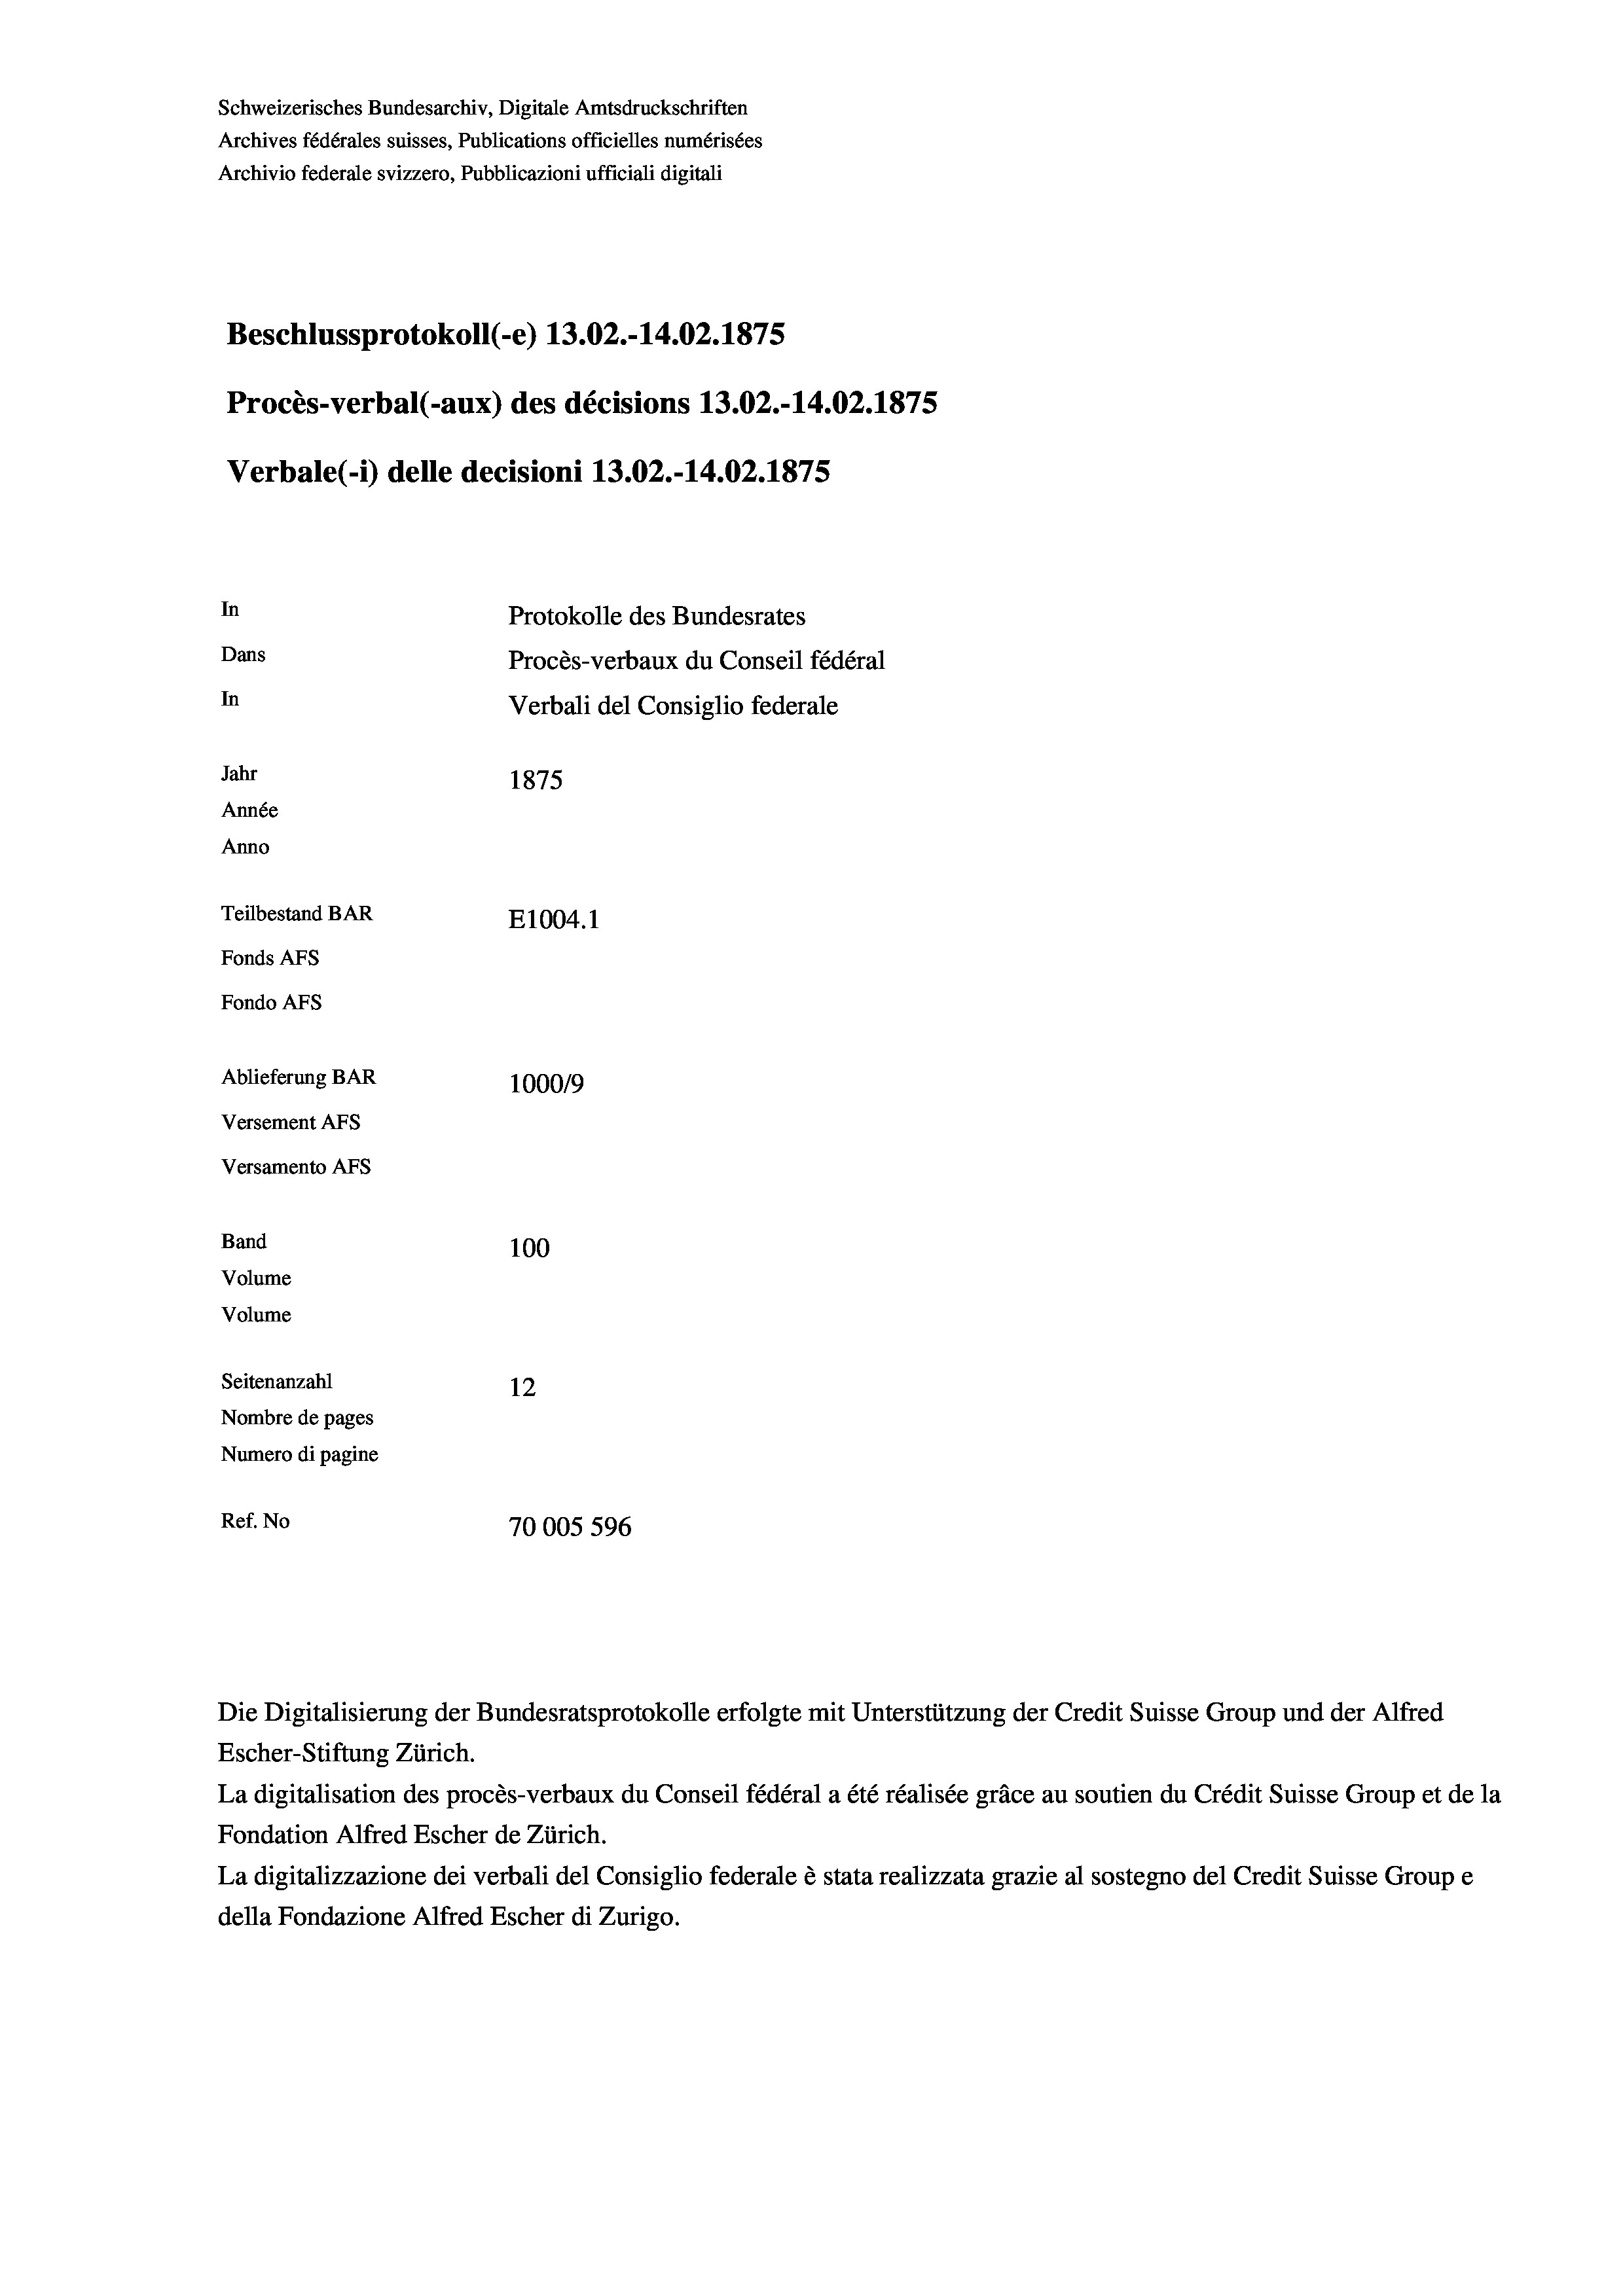
Schweizerisches Bundesarchiv, Digitale Amtsdruckschriften
Archives fédérales suisses, Publications officielles numérisées
Archivio federale svizzero, Pubblicazioni ufficiali digitali
Beschlussprotokoll (-e) 13.02.-14.02. 1875
Procès-verbal (-aux) des décisions 13.02.-14.02. 1875
Verbale(-*) delle decisioni 13.02.-14.02. 1875
In
Protokolle des Bundesrates
Dans
Procès-verbaux du Conseil fédéral
In
Verbali del Consiglio federale
Jahr
1875
Année
Anno
Teilbestand BAR
E1004. 1
Fonds AFs
Fondo AFs
Ablieferung BAR
100019
Versement AFs
Versamento AFs
Band
100
Volume
Volume

Seitenanzahl
12
Nombre de pages
Numero di pagine
Ref. No
70005 596

Die Digitalisierung der Bundesratsprotokolle erfolgte mit Unterstützung der Credit Suisse Group und der Alfred
Escher-Stiftung Zürich.
La digitalisation des procès-verbaux du Conseil fédéral a été réalisée gräce au soutien du Crédit Suisse Group et de la
Fondation Alfred Escher de Zürich.
La digitalizzazione dei verbali del Consiglio federale è stata realizzata grazie al sostegno del Credit Suisse Groupe
della Fondazione Alfred Escher di Zurigo.